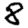
Digit: 8